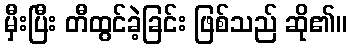
မှီးပြီး တီထွင်ခဲ့ခြင်း ဖြစ်သည် ဆို၏။